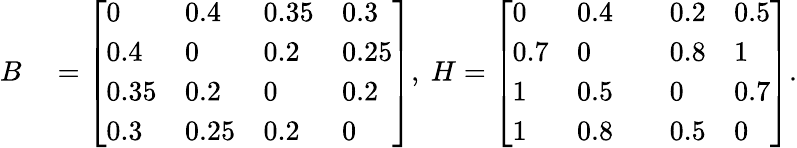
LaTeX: \begin{array}{rl}{B}&{{}=\left[\begin{array}{llll}{0}&{0.4}&{0.35}&{0.3}\\ {0.4}&{0}&{0.2}&{0.25}\\ {0.35}&{0.2}&{0}&{0.2}\\ {0.3}&{0.25}&{0.2}&{0}\end{array}\right],~H=\left[\begin{array}{lllll}{0}&{0.4}&{}&{0.2}&{0.5}\\ {0.7}&{0}&{}&{0.8}&{1}\\ {1}&{0.5}&{}&{0}&{0.7}\\ {1}&{0.8}&{}&{0.5}&{0}\end{array}\right].}\end{array}